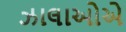
ઝાલાઓએ